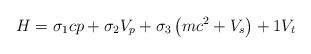
LaTeX: \begin{align*}H=\sigma _{1}cp+\sigma _{2}V_{p}+\sigma _{3}\left( mc^{2}+V_{s}\right)+1V_{t} \end{align*}